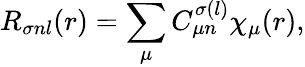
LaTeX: R_{\sigma nl}(r)=\sum_{\mu}C_{\mu n}^{\sigma(l)}\chi_{\mu}(r),